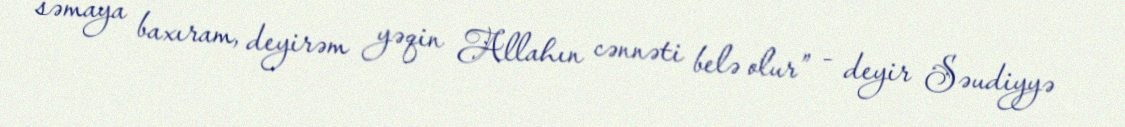
səmaya baxıram, deyirəm yəqin Allahın cənnəti belə olur” - deyir Səudiyyə